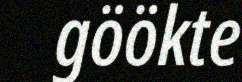
göökte